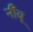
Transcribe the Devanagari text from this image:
नीँबू